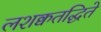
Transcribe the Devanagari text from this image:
लशक्वतद्धिते